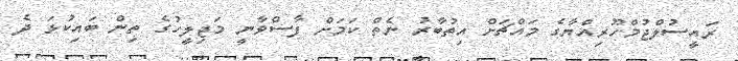
ރައީސުލްޖުމްހޫރިއްޔާގެ މައްޗަށް އިތުބާރު ނެތް ކަމަށް ފާސްވާނީ މަޖިލީހުގެ ތިން ބައިކުޅަ ދެ